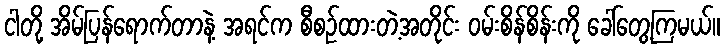
ငါတို့ အိမ်ပြန်ရောက်တာနဲ့ အရင်က စီစဉ်ထားတဲ့အတိုင်း ဝမ်းစိန်စိန်းကို ခေါ်တွေ့ကြမယ်။